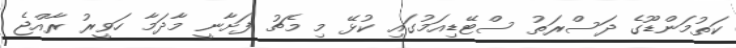
ކަތުމަންޑޫގެ ދަސްރަތު ސްޓޭޑިއަމުގައި ކުޅޭ މި މެޗު ފަށާނީ މާދަމާ ހަވީރު ރާއްޖެ